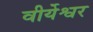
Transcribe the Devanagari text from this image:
वीर्येश्वर